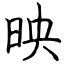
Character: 映